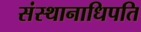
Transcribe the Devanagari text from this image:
संस्थानाधिपति